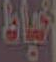
خياط